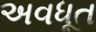
અવધૂત